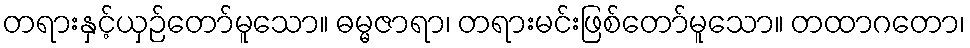
တရားနှင့်ယှဉ်တော်မူသော။ ဓမ္မဇာရာ၊ တရားမင်းဖြစ်တော်မူသော။ တထာဂတော၊